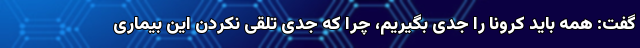
گفت: همه باید کرونا را جدی بگیریم، چرا که جدی تلقی نکردن این بیماری